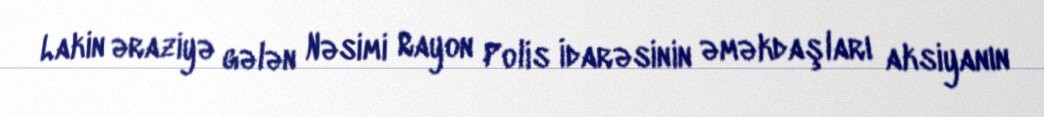
Lakin əraziyə gələn Nəsimi Rayon Polis İdarəsinin əməkdaşları aksiyanın